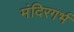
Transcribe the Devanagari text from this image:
मंदिरगर्भ